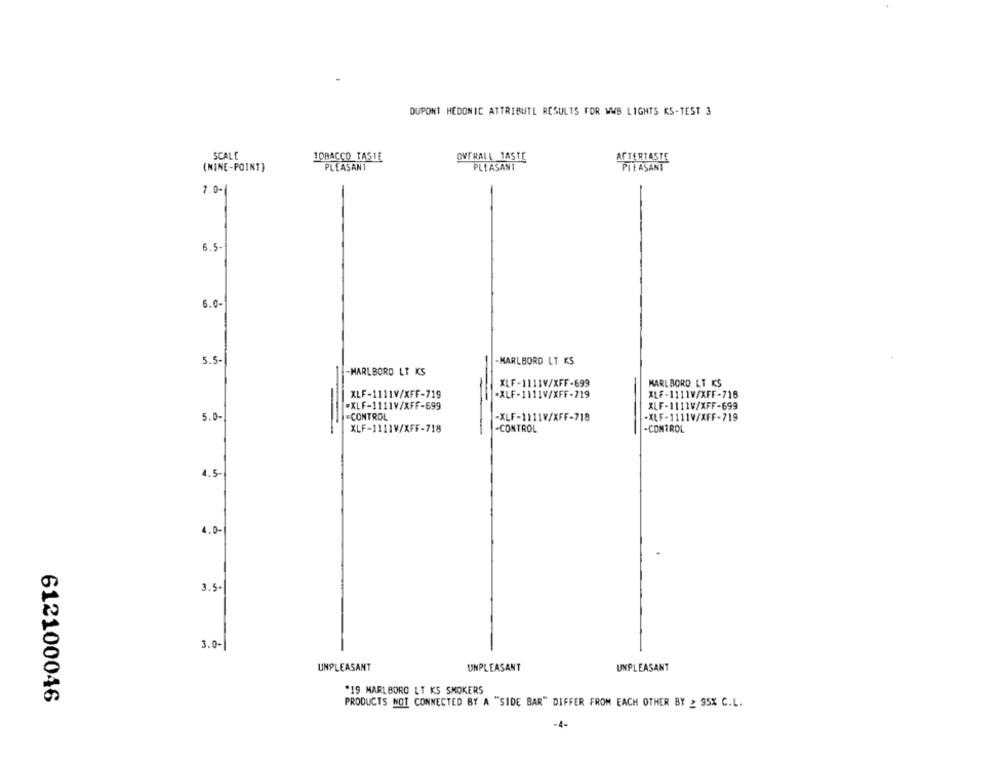
DUPONT HEDONIC ATTRIBUTE RESULTS FOR WWB LIGHTS KS-TEST 3
SCALE
TOBACCO TASTE
OVERALL TASTE
AFTERTASTE
(NINE-POINT)
PLEASANT
PLEASANT
PLEASANT
7.0-
6.5-
6.0-
5.5-
-MARLBORD LT KS
-MARLBORO LT KS
XLF-1111V/XFF-699
KARLBORD LT KS
XLF-1111V/XFF-719
"XLF-1111V/XFF-719
XLF-1111V/XFF-718
#XLF-1111V/XFF-699
XLF-1111W/XFF-699
5.0-
=CONTROL
-XLF-1111V/XFF-718
-XLF-1111V/XFF-719
XLF-1111V/XFF-718
-CONTROL
-CONTROL
4.5-
4.00
3.5-
3.0-
UNPLEASANT
UNPLEASANT
UNPLEASANT
.19 MARLBORO LT KS SMOKERS
612100046
PRODUCTS NOT CONNECTED BY A "SIDE BAR" DIFFER FROM EACH OTHER BY 2 95% C.L.
-4-